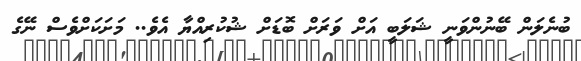
ބުނެލަން ބޭނުންވަނީ ޝަލަބީ އަށް ވަރަށް ބޮޑަށް ޝުކުރިއްޔާ އެވެ.. މަށަކަށްވެސް ނޭގެ